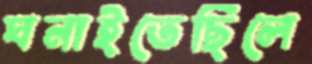
ঘনাইতেছিলে